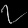
Digit: ၇